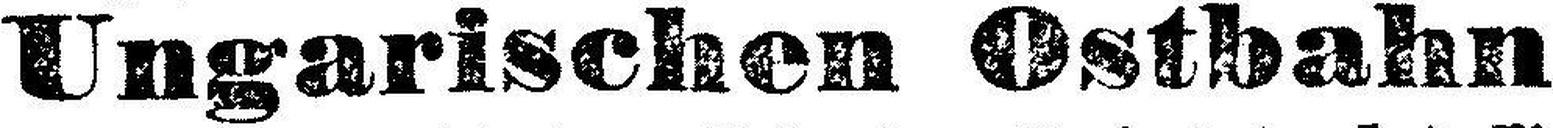
Ungarischen Ostbahn